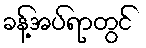
ခန့်အပ်ရာတွင်